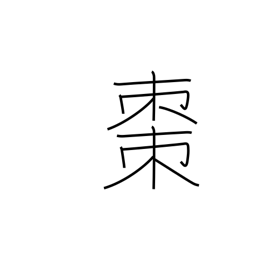
Meaning: jujube